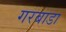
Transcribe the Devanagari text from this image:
गरबाडा